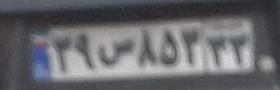
۳۹س۸۵۳۳۳